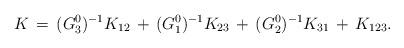
LaTeX: \begin{align*}K\,=\,(G^0_3)^{-1}K_{12}\,+\,(G^0_1)^{-1}K_{23}\,+\,(G^0_2)^{-1}K_{31}\,+\,K_{123}.\end{align*}